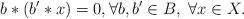
LaTeX: \begin{align*} b \ast (b' \ast x)=0, \forall b,b' \in B,\; \forall x \in X. \end{align*}